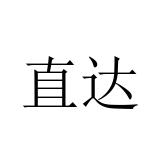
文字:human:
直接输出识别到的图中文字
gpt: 直达